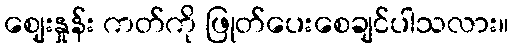
ဈေးနှုန်း ကတ်ကို ဖြုတ်ပေးစေချင်ပါသလား။